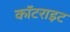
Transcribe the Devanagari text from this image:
कॉटराइट